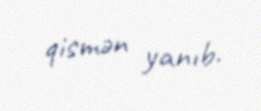
qismən yanıb.